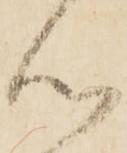
心